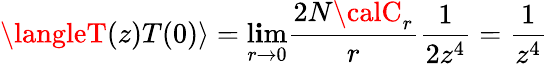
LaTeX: \langleT(z)T(0)\rangle=\operatorname*{l\mathbf{i}m}_{r\rightarrow0}\frac{{2N{\calC}_{r}}}{{r}}\frac{{1}}{{2z^{4}}}=\frac{{1}}{{z^{4}}}